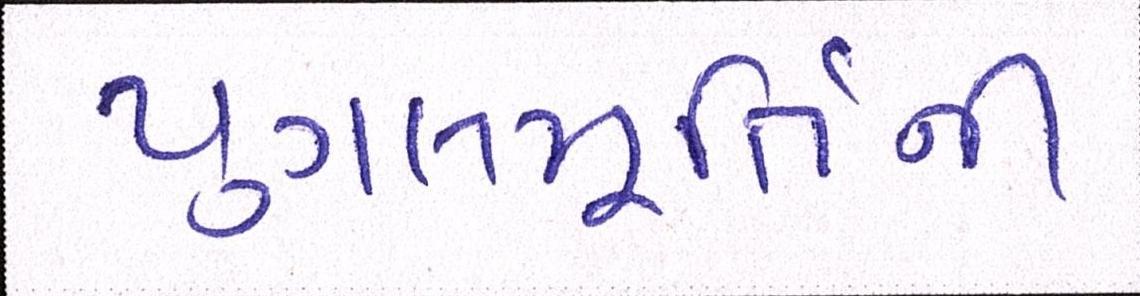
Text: યુગલમૂર્તિની